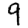
Digit: 9